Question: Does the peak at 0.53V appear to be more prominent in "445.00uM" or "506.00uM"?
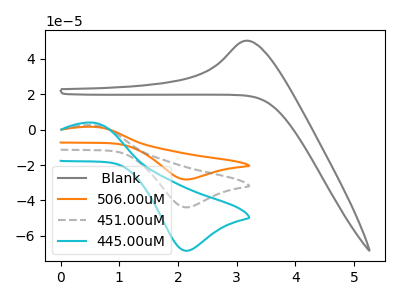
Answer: <think>The gray curve " Blank" has an anodic peak at: (3.20V, 50.30uA). The orange curve "506.00uM" has an anodic peak at (0.55V, 5.15uA) and a cathodic peak at (2.15V, -87.75uA). The gray dashed curve "451.00uM" has an anodic peak at (0.55V, 2.60uA) and a cathodic peak at (2.15V, -43.85uA). The cyan curve "445.00uM" has an anodic peak at (0.55V, 4.00uA) and a cathodic peak at (2.15V, -68.40uA).</think>
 <answer>The peak at 0.53V is lower in "445.00uM" than in "506.00uM".</answer>
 <eval>lower</eval>